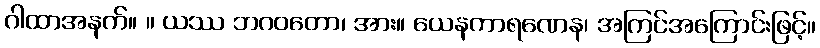
ဂါထာအနက်။ ။ ယဿ ဘဂဝတော၊ အား။ ယေနကာရဏေန၊ အကြင်အကြောင်းဖြင့်။